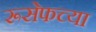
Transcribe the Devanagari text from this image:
रूसेफच्या